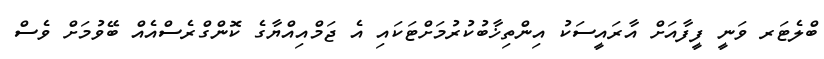
ބްލެޓަރ ވަނީ ފީފާއަށް އާރައީސަކު އިންތިޚާބުކުރުމަށްޓަކައި އެ ޖަމްއިއްޔާގެ ކޮންގްރެސްއެއް ބޭވުމަށް ވެސް